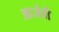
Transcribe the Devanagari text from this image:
आर्जवी